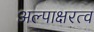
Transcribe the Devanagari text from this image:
अल्पाक्षरत्व